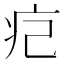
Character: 㽶